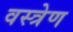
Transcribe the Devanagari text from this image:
वस्त्रेण